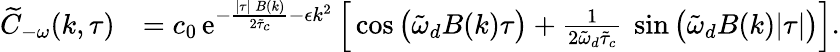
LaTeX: \begin{array}{rl}{\widetilde{C}_{-\omega}(k,\tau)}&{=c_{0}\, \mathrm{e}^{-\frac{\lvert\tau\rvert\, B(k)}{2\tilde{\tau}_{c}}-\epsilon k^{2}}\, \Big[\cos\big(\tilde{\omega}_{d}B(k)\tau\big)+\frac{1}{2\tilde{\omega}_{d}\tilde{\tau}_{c}}\ \sin\big(\tilde{\omega}_{d}B(k)\lvert\tau\rvert\big)\Big].}\end{array}